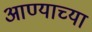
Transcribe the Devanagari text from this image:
आण्याच्या